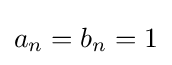
{\textstyle a_{n}=b_{n}=1}